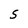
Character: S